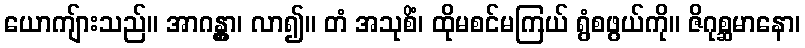
ယောကျ်ားသည်။ အာဂန္တွာ၊ လာ၍။ တံ အသုစိံ၊ ထိုမစင်မကြယ် ရွံစဖွယ်ကို။ ဇိဂုစ္ဆမာနော၊